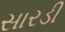
સારડી